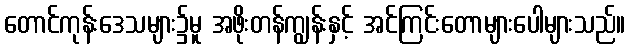
တောင်ကုန်းဒေသများ၌မူ အဖိုးတန်ကျွန်းနှင့် အင်ကြင်းတောများပေါများသည်။